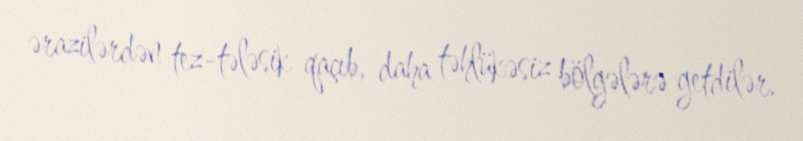
ərazilərdən tez-tələsik qaçıb, daha təhlükəsiz bölgələrə getdilər.